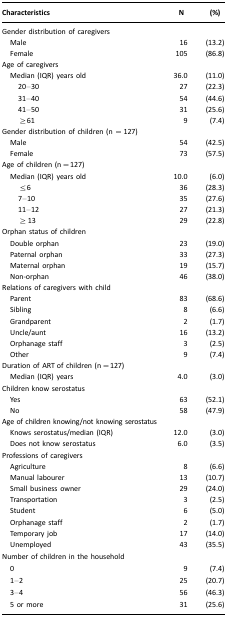
| Characteristics | N | (%) |
 | --- | --- | --- |
 | Gender distribution of caregivers |  |  |
 | Male | 16 | (13.2) |
 | Female | 105 | (86.8) |
 | Age of caregivers |  |  |
 | Median (IQR) years old | 36.0 | (11.0) |
 | 20–30 | 27 | (22.3) |
 | 31–40 | 54 | (44.6) |
 | 41–50 | 31 | (25.6) |
 | ≥61 | 9 | (7.4) |
 | Gender distribution of children (n = 127) |  |  |
 | Male | 54 | (42.5) |
 | Female | 73 | (57.5) |
 | Age of children (n=127) |  |  |
 | Median (IQR) years old | 10.0 | (6.0) |
 | ≤6 | 36 | (28.3) |
 | 7–10 | 35 | (27.6) |
 | 11–12 | 27 | (21.3) |
 | ≥ 13 | 29 | (22.8) |
 | Orphan status of children |  |  |
 | Double orphan | 23 | (19.0) |
 | Paternal orphan | 33 | (27.3) |
 | Maternal orphan | 19 | (15.7) |
 | Non-orphan | 46 | (38.0) |
 | Relations of caregivers with child |  |  |
 | Parent | 83 | (68.6) |
 | Sibling | 8 | (6.6) |
 | Grandparent | 2 | (1.7) |
 | Uncle/aunt | 16 | (13.2) |
 | Orphanage staff | 3 | (2.5) |
 | Other | 9 | (7.4) |
 | Duration of ART of children (n=127) |  |  |
 | Median (IQR) years | 4.0 | (3.0) |
 | Children know serostatus |  |  |
 | Yes | 63 | (52.1) |
 | No | 58 | (47.9) |
 | Age of children knowing/not knowing serostatus |  |  |
 | Knows serostatus/median (IQR) | 12.0 | (3.0) |
 | Does not know serostatus | 6.0 | (3.5) |
 | Professions of caregivers |  |  |
 | Agriculture | 8 | (6.6) |
 | Manual labourer | 13 | (10.7) |
 | Small business owner | 29 | (24.0) |
 | Transportation | 3 | (2.5) |
 | Student | 6 | (5.0) |
 | Orphanage staff | 2 | (1.7) |
 | Temporary job | 17 | (14.0) |
 | Unemployed | 43 | (35.5) |
 | Number of children in the household |  |  |
 | 0 | 9 | (7.4) |
 | 1–2 | 25 | (20.7) |
 | 3–4 | 56 | (46.3) |
 | 5 or more | 31 | (25.6) |